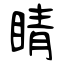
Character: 睛